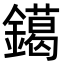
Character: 𨭛